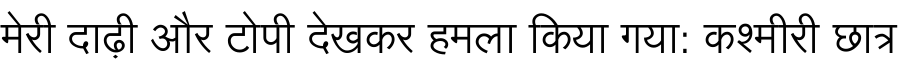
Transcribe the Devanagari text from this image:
मेरी दाढ़ी और टोपी देखकर हमला किया गया: कश्मीरी छात्र